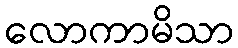
လောကာမိသာ